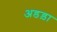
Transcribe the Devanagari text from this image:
अडड़ा